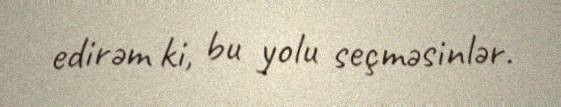
edirəm ki, bu yolu seçməsinlər.